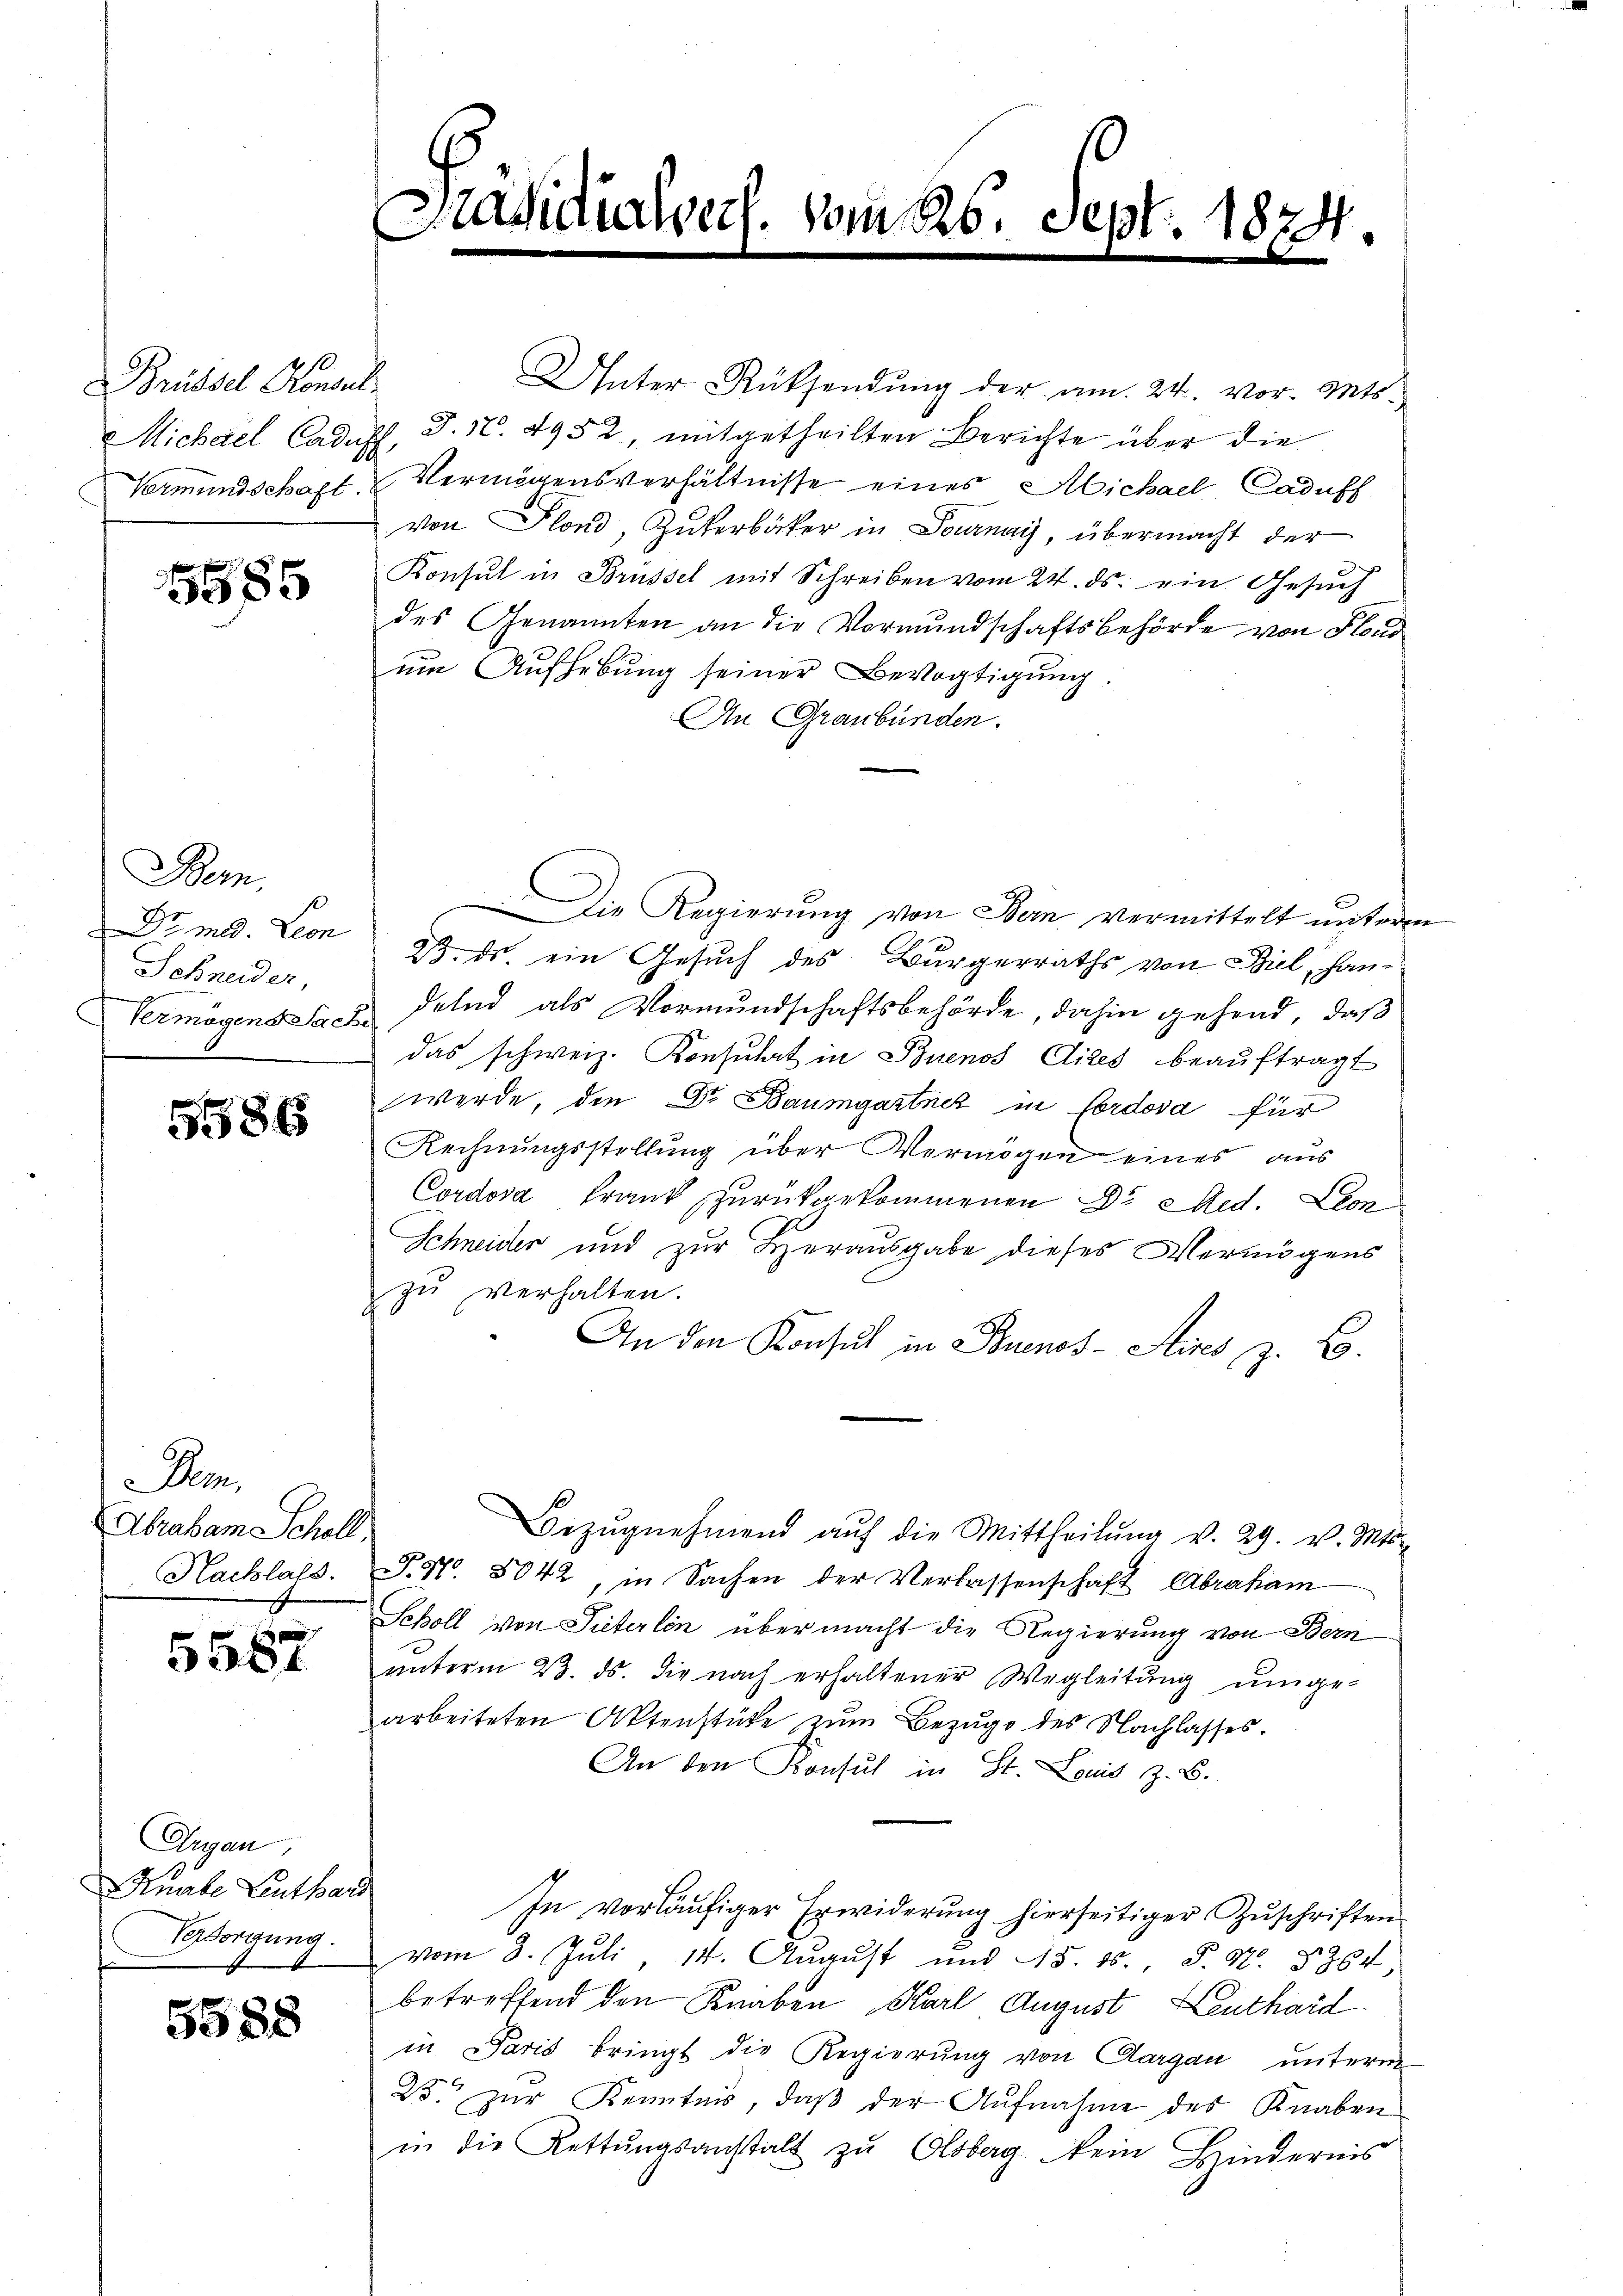
Brüssel Konsul
Michael Cadus
Vermundschaft.

5585

Bern,
 Dr. med. Leon
Schneider,

5586

Bem,
Abraham Scholl

5587

Augau;
Hiebe Leuthard
Vesorgung.

5588

Präsidialsach

Vom 26. Sept. 1874.

Unter Rücksendung der am 24. vor. Mts
T. N. 4952, mitgetheilten Berichte über die
Vermögensverhältnisse eines Michael Caduff
von Plond, Gukerbäcker in Journay, übermacht der
Konsul in Brüssel mit Schreiben vom 24. ds. ein Gesuch
des Genannten an die Vormundschaftsbehörde von Fland
um Aufhebung seiner Bevogtigung.
An Graubünden.
Die Regierung von Bern vermittelt unterm
23. ds. ein Gesuch des Bürgerraths von Biel, Han¬
Vermögens Sach Felnd als Vormundschaftsbehörde, dahin gehend, daß
das schweiz. Konsulat in Buenos Aires beaŭftragt
werde, die Dr Baumgartner in Cordova für
Rechnungsstellung über Vermögen eines aus
Cordova Frank zurückgekommenen Dr Med. Leon
Schneider und zur Herausgabe dieses Vermögens
zŭ verhalten.
t
An den Konsul in Buenos-Aires z. B.
Bezŭgnehmend aŭf die Mittheilŭng v. 29. v. Mts.
Hachlals. S. 51. 8042 in Sachen der Verlassenschaft Abraham
Scholl von Pieterlin über macht die Regierung von Bern
unterm 23. ds. die nach erhaltener Wegleitung umge-
arbeiteten Aktenstüke zum Bezuge des Nachlasses.
An den Konsul in St. Louis z. B.
In vorläufiger Erwiderung hierseitiger Zuschriften
vom 3. Juli 14. August und 15. 15., S. Nr. 3264
betreffend den Knaben Karl August Leuthard
in Paris bringt die Regierung von Aargau unterm
23. zŭr Kenntnis, daβ der Aŭfnahme des Knaben
in die Rettŭngsanstalt zŭ Olsberg ein Hindernis